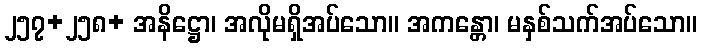
၂၅၇+၂၅၈+ အနိဋ္ဌော၊ အလိုမရှိအပ်သော။ အကန္တော၊ မနှစ်သက်အပ်သော။